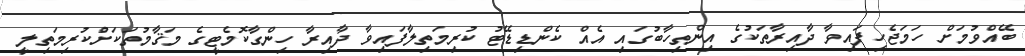
ބޭއްވުމަށް ހަމަޖެހިފައިވާ ދާއިރާތަކުގެ އިންތިހާބުގައި އެއް ކެންޑިޑޭޓު ކުރިމަތިލާފައިވާ ދާއިރާ ހިންގާކޮމެޓީގެ މަޤާމުތަކަށްުކުރިމަތިލީ